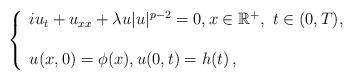
LaTeX: \begin{align*}\left \{ \begin{array}{l} iu_t +u_{xx} + \lambda u |u |^{p-2} =0,x\in \mathbb{R}^+, \ t\in (0,T),\\ \\ u(x,0) =\phi (x) , u(0,t) = h(t)\, ,\end{array}\right.\end{align*}